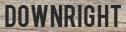
DOWNRIGHT